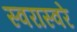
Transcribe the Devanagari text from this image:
स्वरास्वरे